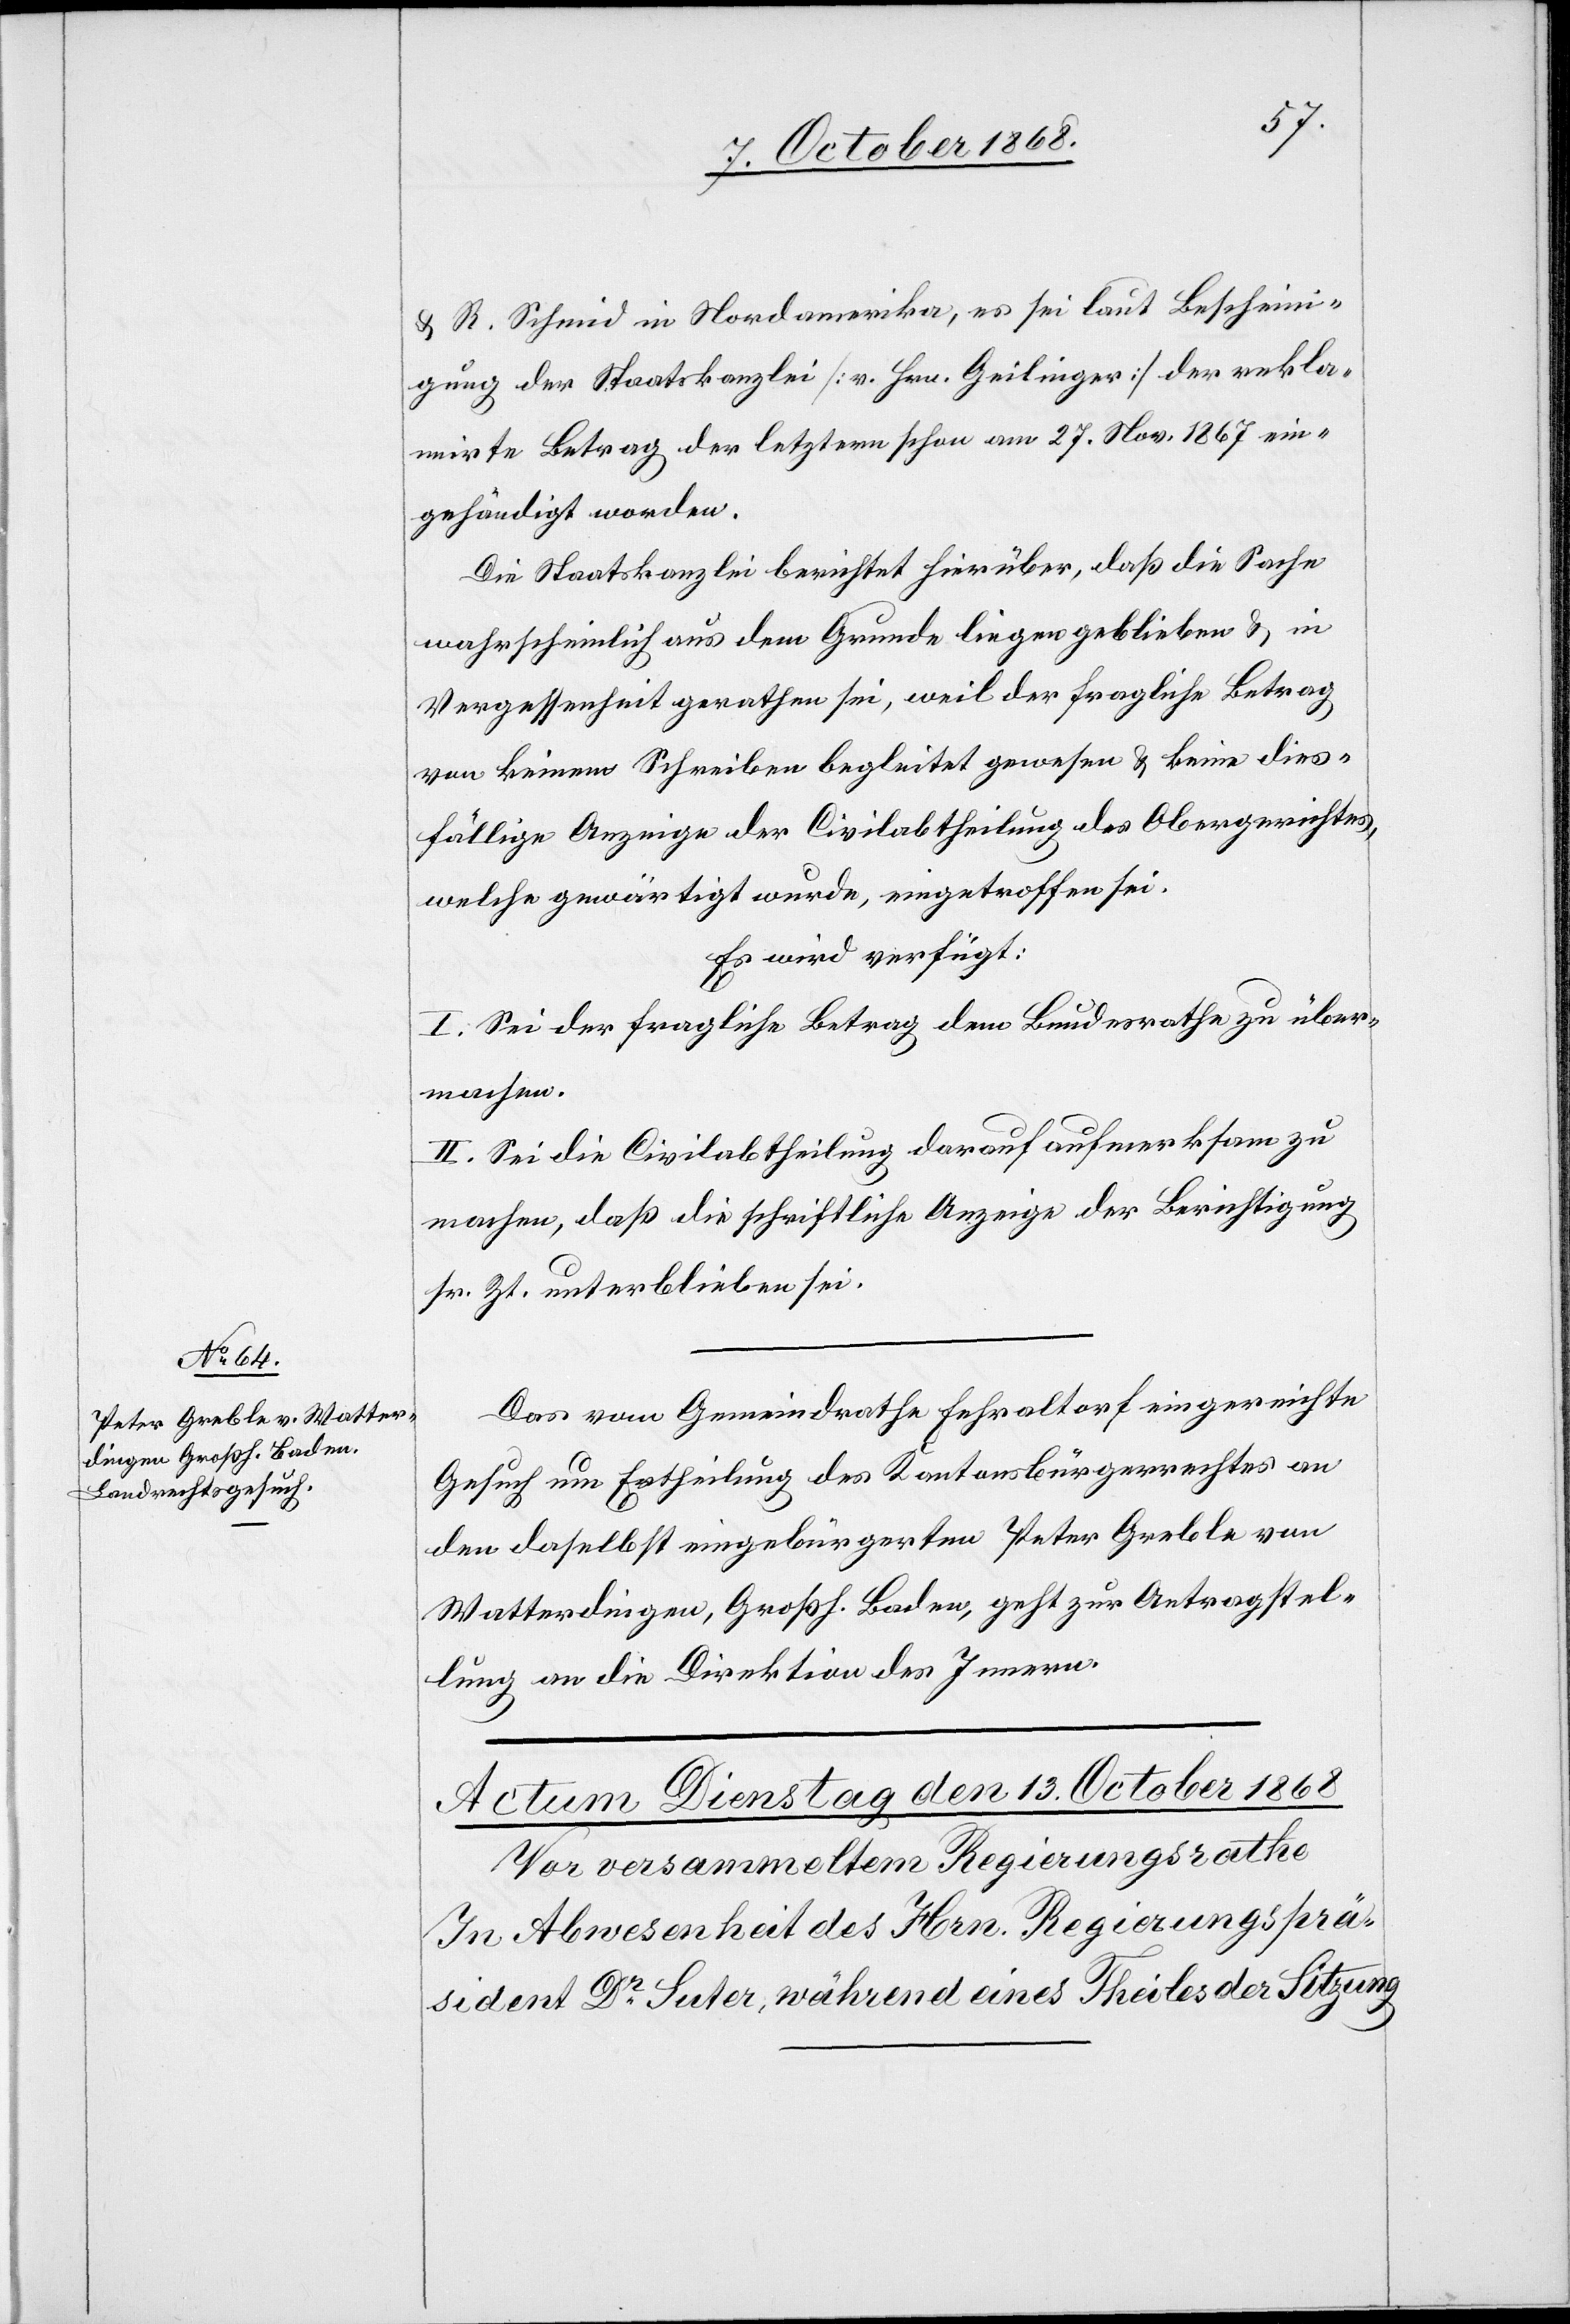
12. October 1868.]
& R. Schmid in Nordamerika, es sei laut Bescheini¬
gung der Staatskanzlei [v. Hrn. Geilinger] der rekla¬
mirte Betrag der letztern schon am 27. Nov. 1867 ein¬
gehändigt worden.
Die Staatskanzlei berichtet hierüber, daß die Sache
wahrscheinlich aus dem Grunde liegen geblieben & in
Vergessenheit gerathen sei, weil der fragliche Betrag
von keinem Schreiben begleitet gewesen & keine dies¬
fällige Anzeige der Civilabtheilung des Obergerichtes,
welche gewärtigt wurde, eingetroffen sei.
Es wird verfügt:
I. Sei der fragliche Betrag dem Bundesrathe zu über¬
machen.
II. Sei die Civilabtheilung darauf aufmerksam zu
machen, daß die schriftliche Anzeige der Berichtigung
sr. Zt. unterblieben sei.
Das vom Gemeindrathe Fehraltorf eingereichte
Gesuch um Ertheilung des Kantonsbürgerrechtes an
den daselbst eingebürgerten Peter Greble von
Watterdingen, Großh. Baden, geht zur Antragstel¬
lung an die Direktion des Innern.